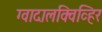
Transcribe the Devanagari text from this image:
ग्वादालक्विव्हिर